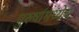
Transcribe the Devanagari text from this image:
पुरुषांमध्येच